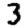
Digit: 3